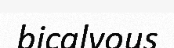
bicalvous